Subject: cs
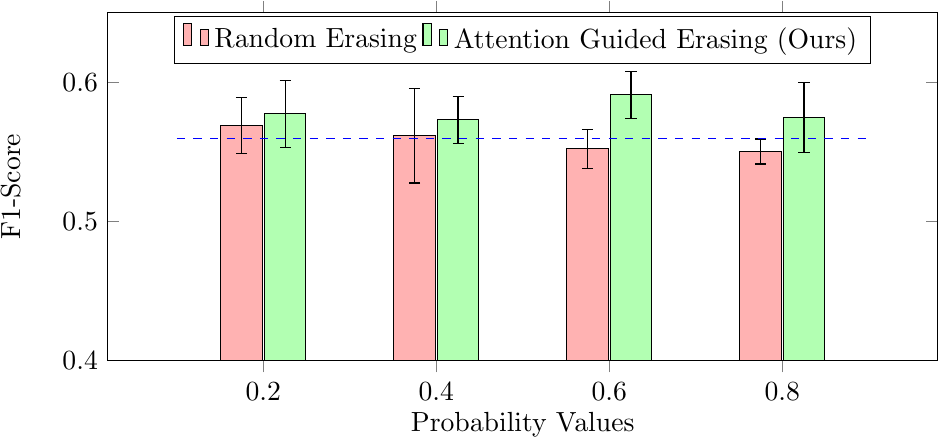
LaTeX code:
    \begin{tikzpicture}
        \begin{axis}[
            width=\textwidth,
            height=6cm,
            xtick={0,0.2,0.4,0.6,0.8},
            xlabel={Probability Values},
            ylabel=F1-Score,
            ymin=0.4,
            ymax=0.65,
            legend style={at={(0.5,0.99)}, anchor=north, legend columns=-1},
            ybar=0.75,
            bar width=15pt, % Adjusted bar width
            enlarge x limits=0.3, % Adjusted enlargement
        ]

        \addplot[fill=red!30, draw=black, error bars/.cd, y dir=both, y explicit] coordinates {
            (0.2, 0.5691) +- (0, 0.020)
            (0.4, 0.5617) +- (0, 0.034)
            (0.6, 0.5522) +- (0, 0.014)
            (0.8, 0.5503) +- (0, 0.009)
        };

        \addplot[fill=green!30, draw=black, error bars/.cd, y dir=both, y explicit] coordinates {
            (0.2, 0.5774) +- (0, 0.024)
            (0.4, 0.5731) +- (0, 0.017)
            (0.6, 0.591) +- (0, 0.017)
            (0.8, 0.5747) +- (0, 0.025)
        };

        \node[anchor=north] at (axis cs:0, 0.5594) {};
        \draw[blue, dashed] (axis cs:0.1, 0.5594) -- (axis cs:0.9, 0.5594);

        \legend{Random Erasing, Attention Guided Erasing (Ours)}
        \end{axis}
    \end{tikzpicture}